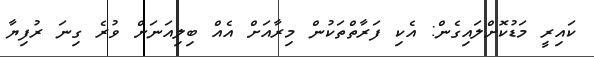
ކައިރީ މަޑުކޮށްލައިގެން: އެކި ފަރާތްތަކުން މިރާއަށް އެއް ބިލިއަނަށް ވުރެ ގިނަ ރުފިޔާ